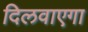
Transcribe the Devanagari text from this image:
दिलवाएगा